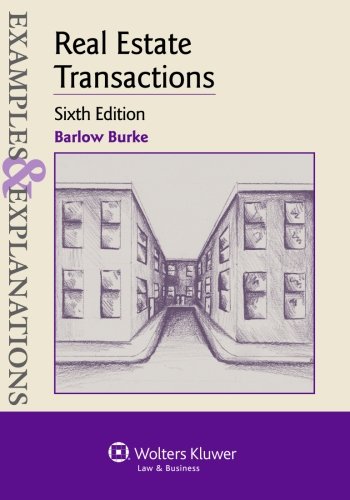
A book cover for Examples & Explanations: Real Estate Transactions; Barlow Burke; Business & Money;